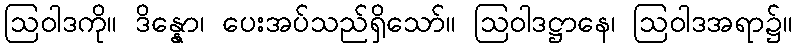
ဩဝါဒကို။ ဒိန္နော၊ ပေးအပ်သည်ရှိသော်။ ဩဝါဒဋ္ဌာနေ၊ ဩဝါဒအရာ၌။